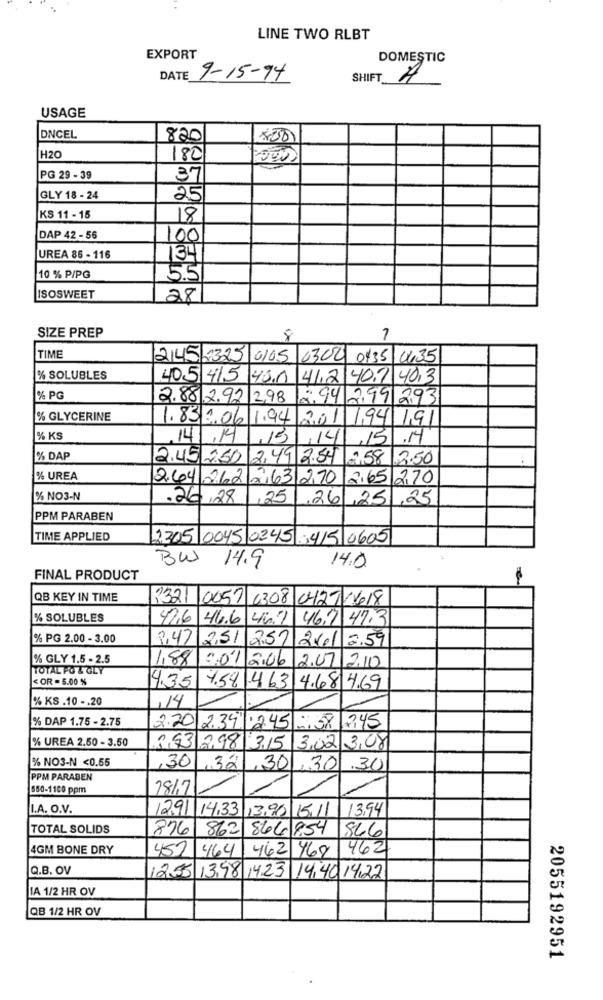
LINE TWO RLBT
EXPORT
DOMESTIC
DATE 9-15-94
SHIFT
USAGE
DNCEL
820
800)
H20
180
PG 29 - 39
37
GLY 18 - 24
25
KS 11 - 15
18
DAP 42 - 56
100
UREA 86 - 116
134
10 % P/PG
5.5
ISOSWEET
28
SIZE PREP
8
TIME
245 2325 0105 0300 04:35 1435
% SOLUBLES
405 415 43.1
41.2 40.7 403
% PG
2.88 2.92 2,98
2.94 299 293
% GLYCERINE
1.83 .06 1.94 2.01
194 191
% KS
14 .14
,15
14
% DAP
2.45 250
49
3.50
% UREA
2.64 .262263270
265 270
% NO3-N
.26 28
,25
26 ,25
.25
PPM PARABEN
TIME APPLIED
2205 0045 0245 3415 0605
BW
14.9
14.0
FINAL PRODUCT
QB KEY IN TIME
1321 0057 6308 0427 1618
% SOLUBLES
426 46.6 462 462 47.3
% PG 2.00 - 3.00
8,47 2,51 257 261 2.59
% GLY 1.5 - 2.5
1,88 .01 2.06 2.0 2.10
TOTAL PO & GLY
< OR = 5.00 %
4.35
4.58 463 4.68 4.69
% KS .10 -. 20
,14
% DAP 1.75 - 2.75
2.20
2.34
12:45
2,45
% UREA 2.50 - 3.50
553 298 3,15 302 308
% NO3-N <0.55
,30, 32
,30
130
.30
PPM PARABEN
550-1100 ppm
28/7
I.A. O.V.
2.91 14,33 1390 1511
13,94
TOTAL SOLIDS
876 862 866 854
866
4GM BONE DRY
452 464
462 469
462
Q.B. OV
12.35 1398 4.23 14,40 14,22
IA 1/2 HR OV
QB 1/2 HR OV
2055192951